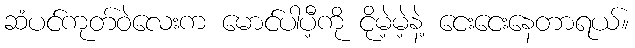
ဆံပင်ကုတ်ဝဲလေးက မောင်ပါပီ့ကို ငိုမဲ့မဲ့နဲ့ ငေးငေးနေတာရယ်။